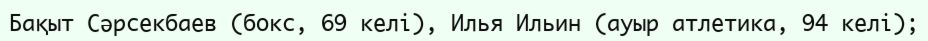
Бақыт Сәрсекбаев (бокс, 69 келі), Илья Ильин (ауыр атлетика, 94 келі);